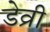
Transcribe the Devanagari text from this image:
डेव्री